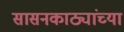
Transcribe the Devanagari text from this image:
सासनकाठ्यांच्या